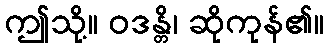
ဤသို့။ ဝဒန္တိ၊ ဆိုကုန်၏။